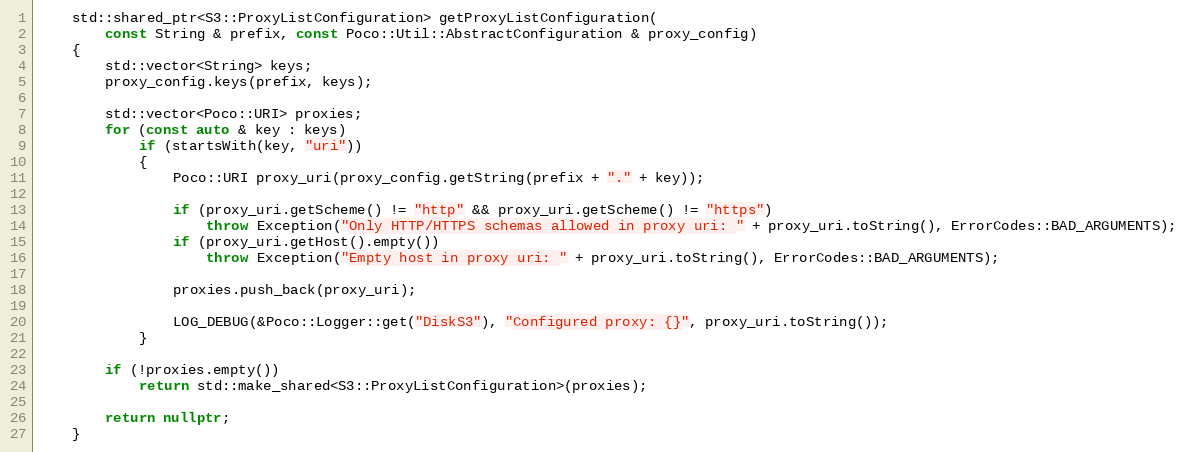
Language: C++
    std::shared_ptr<S3::ProxyListConfiguration> getProxyListConfiguration(
        const String & prefix, const Poco::Util::AbstractConfiguration & proxy_config)
    {
        std::vector<String> keys;
        proxy_config.keys(prefix, keys);

        std::vector<Poco::URI> proxies;
        for (const auto & key : keys)
            if (startsWith(key, "uri"))
            {
                Poco::URI proxy_uri(proxy_config.getString(prefix + "." + key));

                if (proxy_uri.getScheme() != "http" && proxy_uri.getScheme() != "https")
                    throw Exception("Only HTTP/HTTPS schemas allowed in proxy uri: " + proxy_uri.toString(), ErrorCodes::BAD_ARGUMENTS);
                if (proxy_uri.getHost().empty())
                    throw Exception("Empty host in proxy uri: " + proxy_uri.toString(), ErrorCodes::BAD_ARGUMENTS);

                proxies.push_back(proxy_uri);

                LOG_DEBUG(&Poco::Logger::get("DiskS3"), "Configured proxy: {}", proxy_uri.toString());
            }

        if (!proxies.empty())
            return std::make_shared<S3::ProxyListConfiguration>(proxies);

        return nullptr;
    }